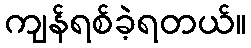
ကျန်ရစ်ခဲ့ရတယ်။